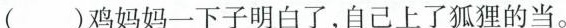
()鸡妈妈一下子明白了，自己上了狐狸的当。